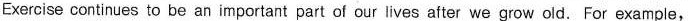
Exercise continues to be an important part of our lives after we grow old.For example.